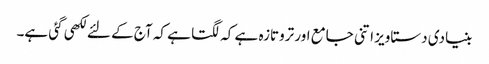
بنیادی دستاویز اتنی جامع اور تروتازہ ہے کہ لگتا ہے کہ آج کے لئے لکھی گئی ہے۔